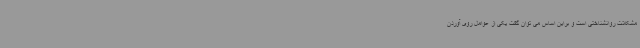
مشکلات روانشناختی است و براین اساس می توان گفت یکی از عوامل روی آوردن